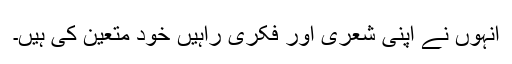
انہوں نے اپنی شعری اور فکری راہیں خود متعین کی ہیں۔